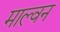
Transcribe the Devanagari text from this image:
माल्वन